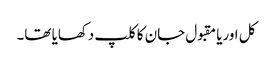
کل اوریا مقبول جان کا کلپ دکھایا تھا۔